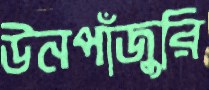
উনপাঁজুরি